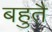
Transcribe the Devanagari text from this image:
बहुतै